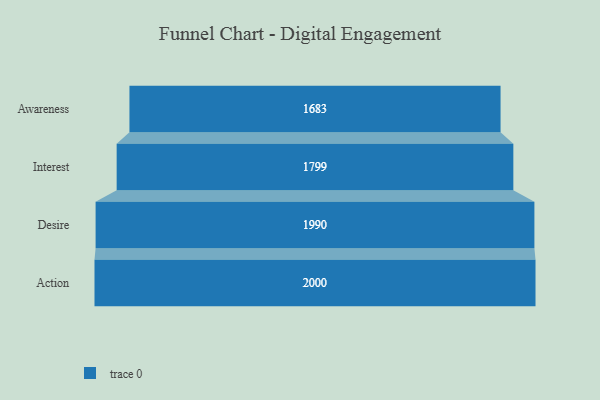
{"axis": {"x": "Stage", "y": "Value"}, "legend": [""], "data": [{"x": "Awareness", "y": 1683.0, "type": ""}, {"x": "Interest", "y": 1799.0, "type": ""}, {"x": "Desire", "y": 1990.0, "type": ""}, {"x": "Action", "y": 2000, "type": ""}]}